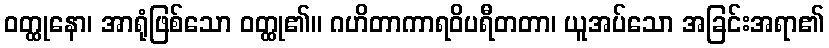
ဝတ္ထုနော၊ အာရုံဖြစ်သော ဝတ္ထု၏။ ဂဟိတာကာရဝိပရီတတာ၊ ယူအပ်သော အခြင်းအရာ၏